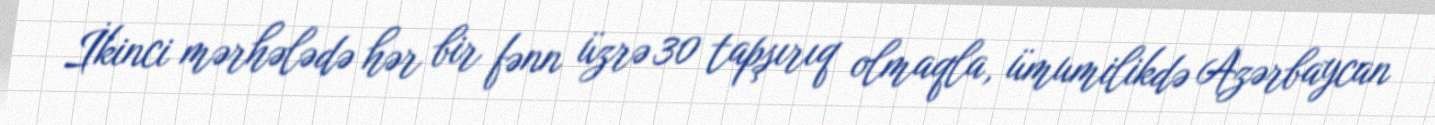
İkinci mərhələdə hər bir fənn üzrə 30 tapşırıq olmaqla, ümumilikdə Azərbaycan